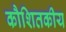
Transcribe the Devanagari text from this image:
कौशितकीय